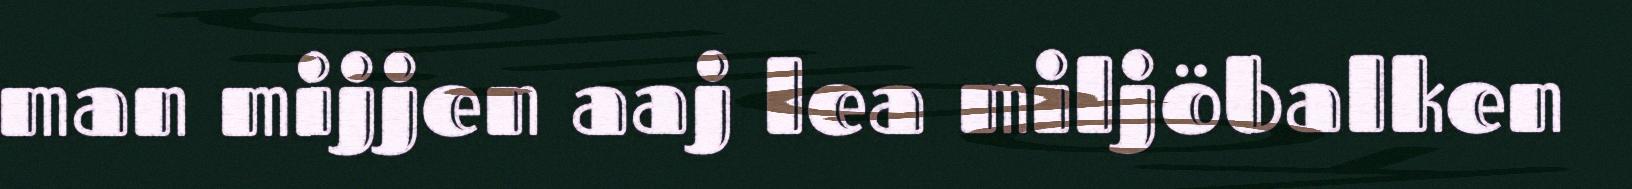
man mijjen aaj lea miljöbalken